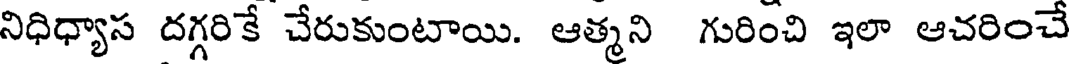
నిధిధ్యాస దగ్గరికే చేరుకుంటాయి. ఆత్మని గురించి ఇలా ఆచరించే